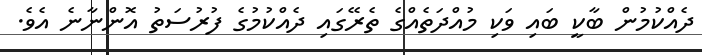
ދެއްކުމުން ބާކީ ބައި ވަކި މުއްދަތެއްގެ ތެރޭގައި ދެއްކުމުގެ ފުރުސަތު އޮންނާނެ އެވެ.